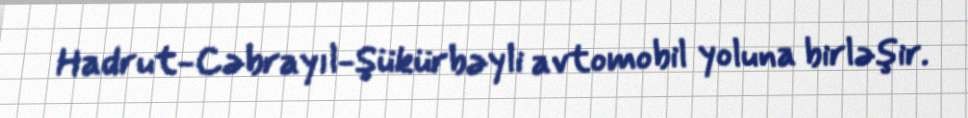
Hadrut-Cəbrayıl-Şükürbəyli avtomobil yoluna birləşir.